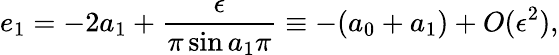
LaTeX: e_{1}=-2a_{1}+\frac{\epsilon}{\pi\sin a_{1}\pi}\equiv-(a_{0}+a_{1})+O(\epsilon^{2}),